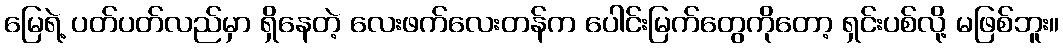
မြေရဲ့ ပတ်ပတ်လည်မှာ ရှိနေတဲ့ လေးဖက်လေးတန်က ပေါင်းမြက်တွေကိုတော့ ရှင်းပစ်လို့ မဖြစ်ဘူး။